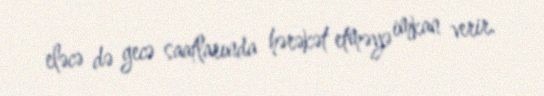
eləcə də gecə saatlarında hərəkət etməyə imkan verir.